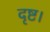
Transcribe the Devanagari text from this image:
दृष्ट।